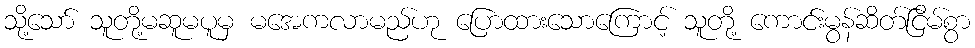
သို့သော် သူတို့မဆူမပူမှ မအေကလာမည်ဟု ပြောထားသောကြောင့် သူတို့ ကောင်းမွန်ဆိတ်ငြိမ်စွာ